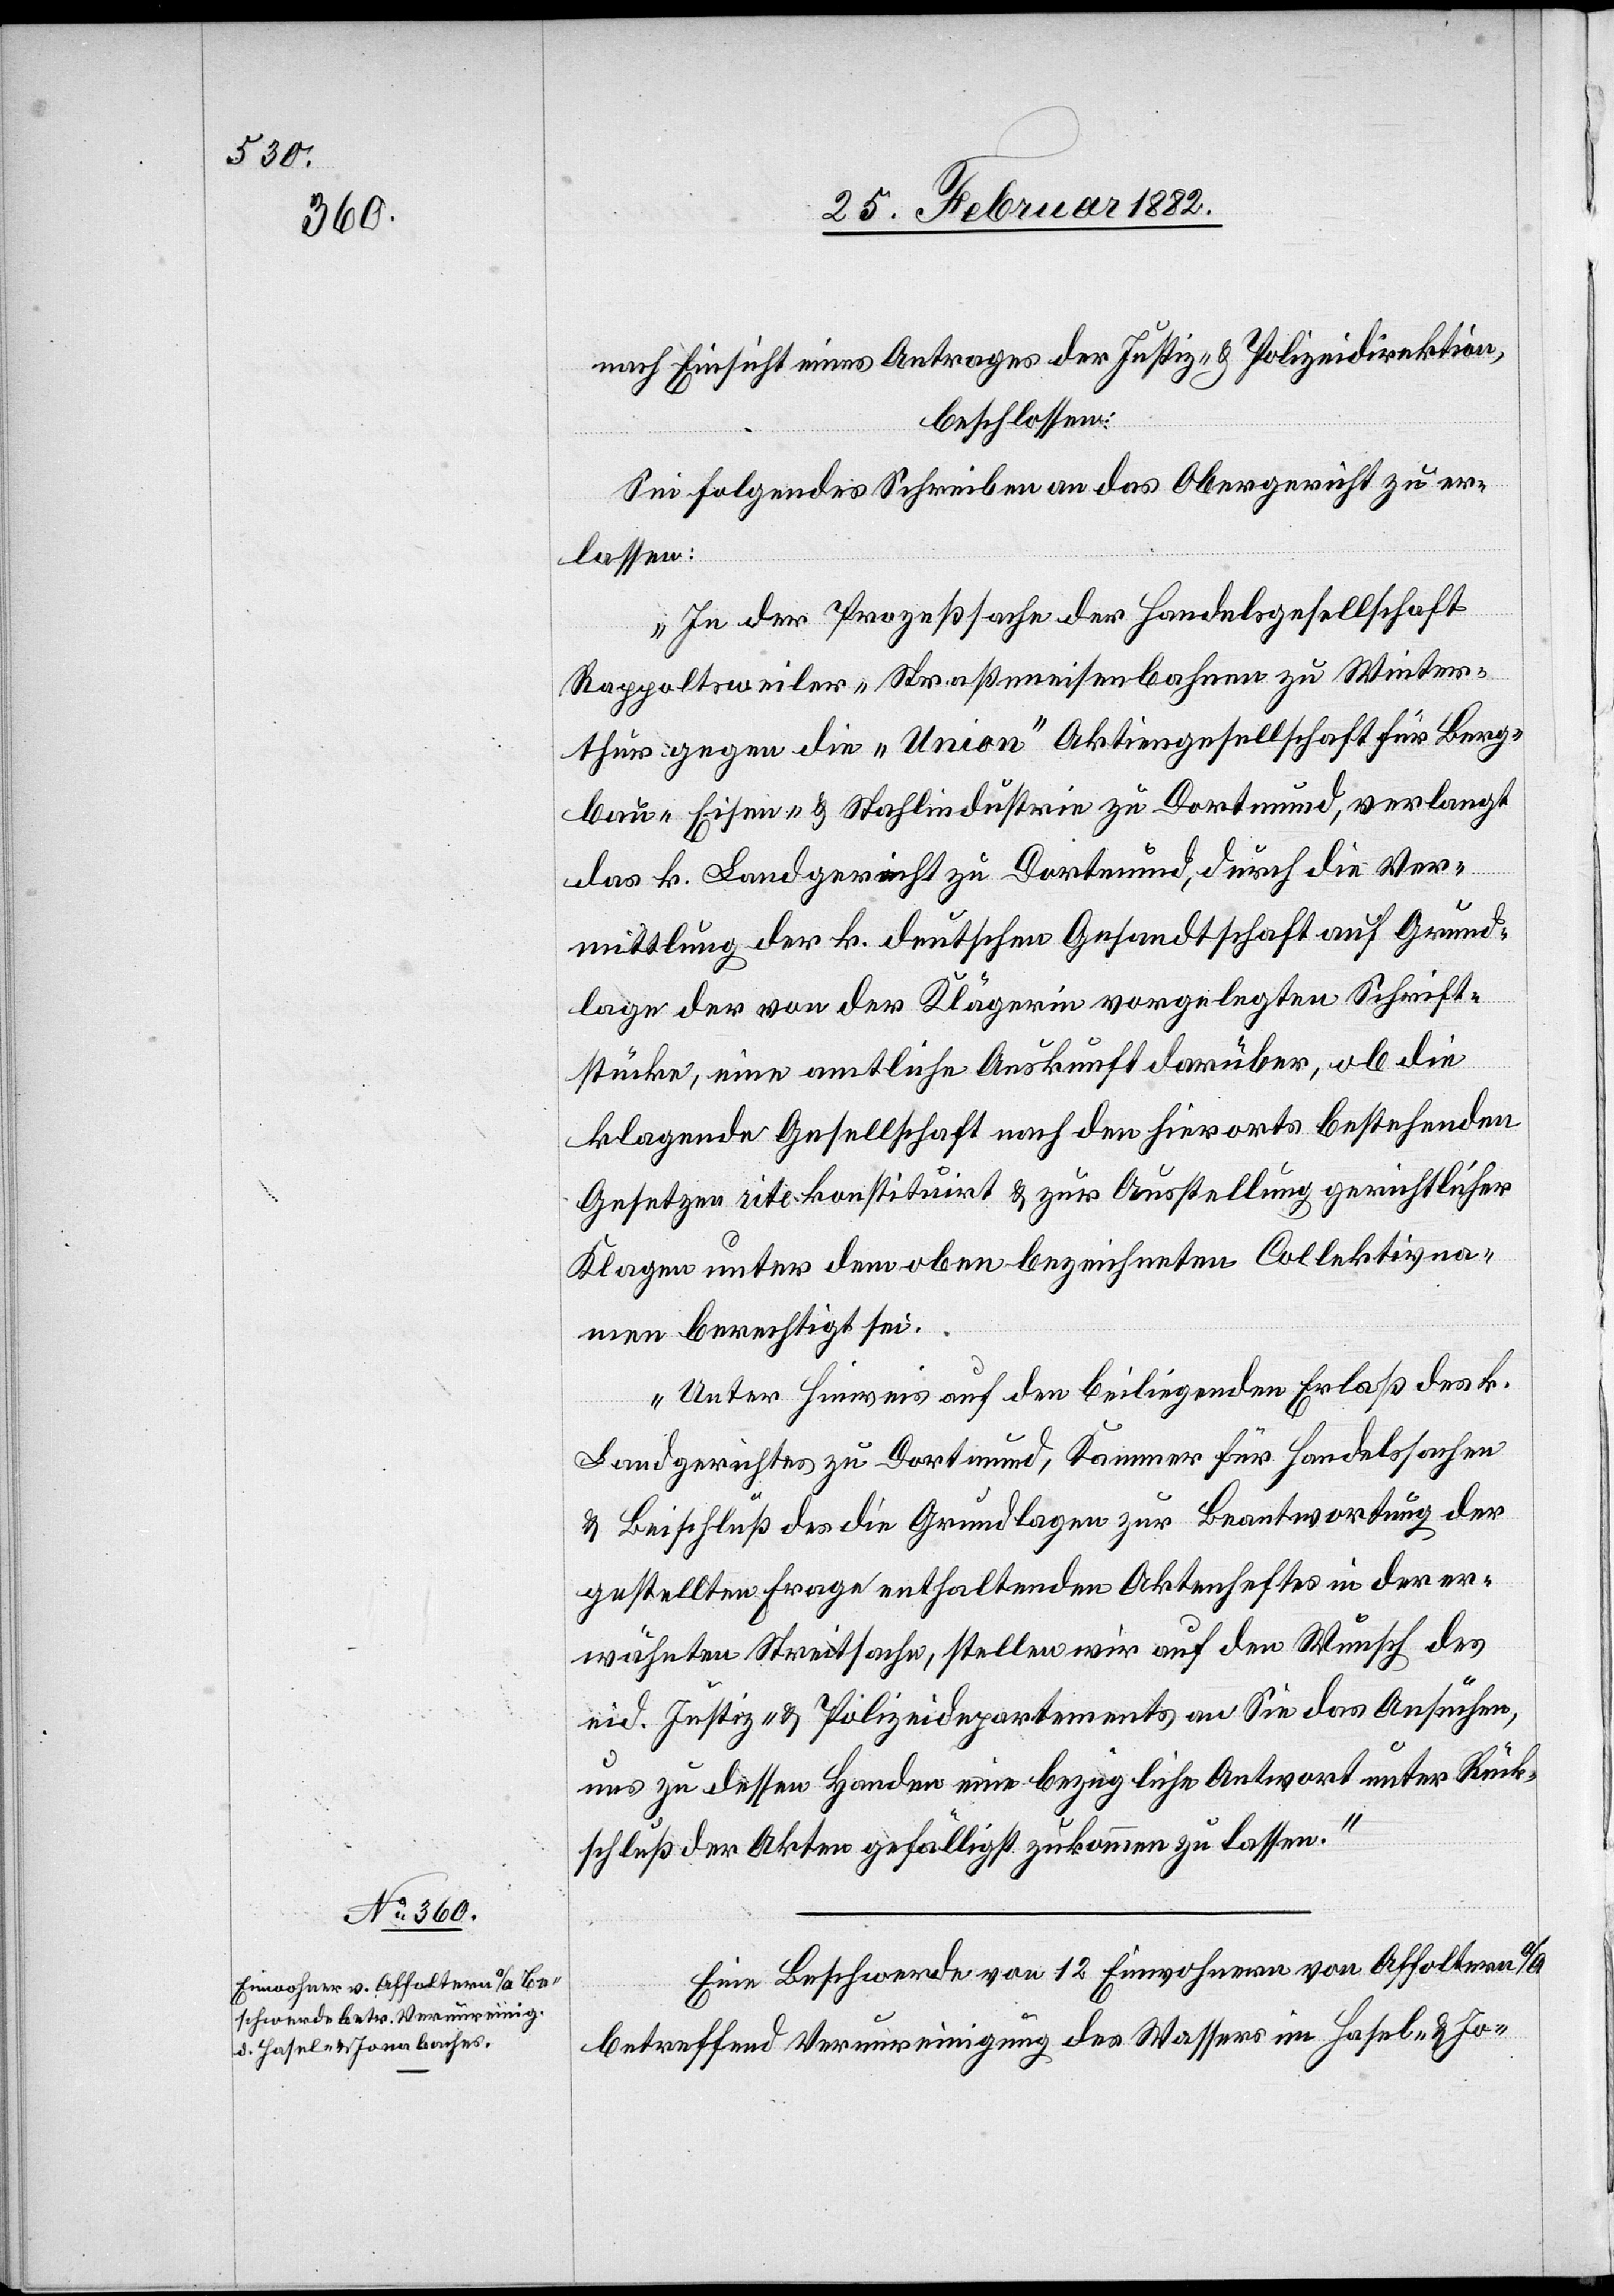
nach Einsicht eines Antrages der Justiz- & Polizeidirektion,
beschlossen:
Sei folgendes Schreiben an das Obergericht zu er¬
lassen:
„In der Prozeßsache der Handelsgesellschaft
Rapportsweiler „Straßeneisenbahnen[“] zu Winter¬
thur gegen die „Union“ Aktiengesellschaft für Berg¬
bau- Eisen- & Stahlindustrie zu Dortmund, verlangt
das k. Landgericht zu Dortmund, durch die Ver¬
mittlung der k. deutschen Gesandtschaft auf Grund¬
lage der von der Klägerin vorgelegten Schrift¬
stücke, eine amtliche Auskunft darüber, ob die
klagende Gesellschaft nach den hierorts bestehenden
Gesetzen site konstituiert & zur Ausstellung gerichtlicher
Klage unter dem oben bezeichneten Collektivna¬
men berechtigt sei.
Unter Hinweis auf den beiliegenden Erlaß des k.
Landgerichtes zu Dortmund, Kammer für Handelssachen
& Beischluß das die Grundlagen zur Beantwortung der
gestellten Frage enthaltenden Aktenheftes in der er¬
wähnten Streitsache, stellen wir auf den Wunsch des
eid. Justiz- & Polizeidepartements an Sie das Ansuchen,
uns zu dessen Handen eine bezügliche Antwort unter Rück¬
schluß der Akten gefälligst zukommen zu lassen.“
Eine Beschwerde von 12 Einwohnern von Affoltern a/A
betreffend Verunreinigung des Wassers im Hasel- & Jo-